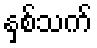
နှစ်သက်